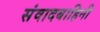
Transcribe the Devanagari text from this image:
संवादबाहिनी